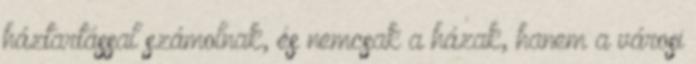
háztartással számolnak, és nemcsak a házak, hanem a városi